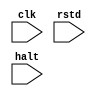
`timescale 1ns / 1ps
//////////////////////////////////////////////////////////////////////////////////
// Company:
// Engineer:
//
// Design Name:
// Module Name: counter
// Project Name:
// Target Devices:
// Tool Versions:
// Description:
//
// Dependencies:
//
// Revision:
// Revision 0.01 - File Created
// Additional Comments:
//
//////////////////////////////////////////////////////////////////////////////////


module counter(clk, rstd, halt);
  input clk, rstd, halt;
  reg[31:0] counter, counter_fin;

  always @(negedge rstd or posedge clk or posedge halt)
    if(rstd == 0) begin
      counter = 32'h00000000;
      counter_fin = 32'h00000000;
    end else if (halt == 1) begin
      // counter = counter + 32'h00000001;
      counter_fin = counter;
    end else begin
      counter = counter + 32'h00000001;
    end

endmodule